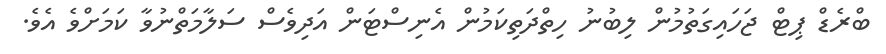
ބްރެޑް ޕިޓް ޖަހައިގަތުމުން ލިބުނު ހިތްދަތިކަމުން އެނިސްޓަން އަދިވެސް ސަލާމަތްނުވާ ކަމަށްވެ އެވެ.